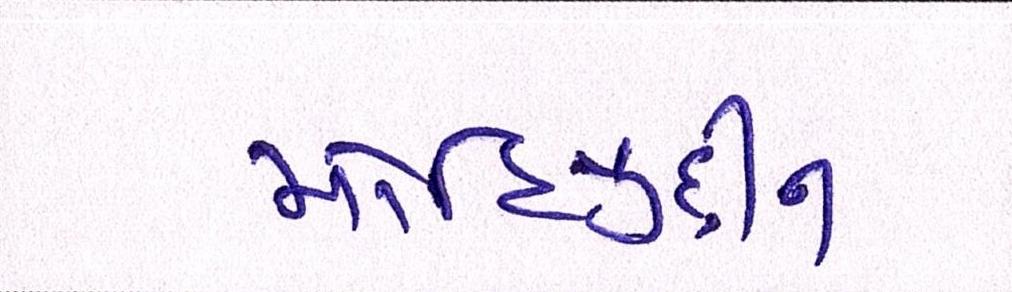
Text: મોહિયુદ્દીન